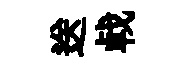
送㦸